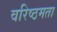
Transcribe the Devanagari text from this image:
वरिष्ठमता